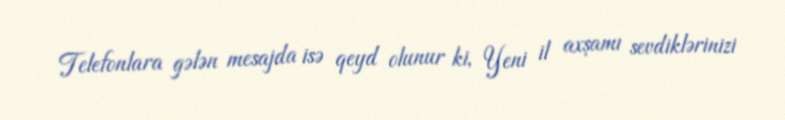
Telefonlara gələn mesajda isə qeyd olunur ki, Yeni il axşamı sevdiklərinizi